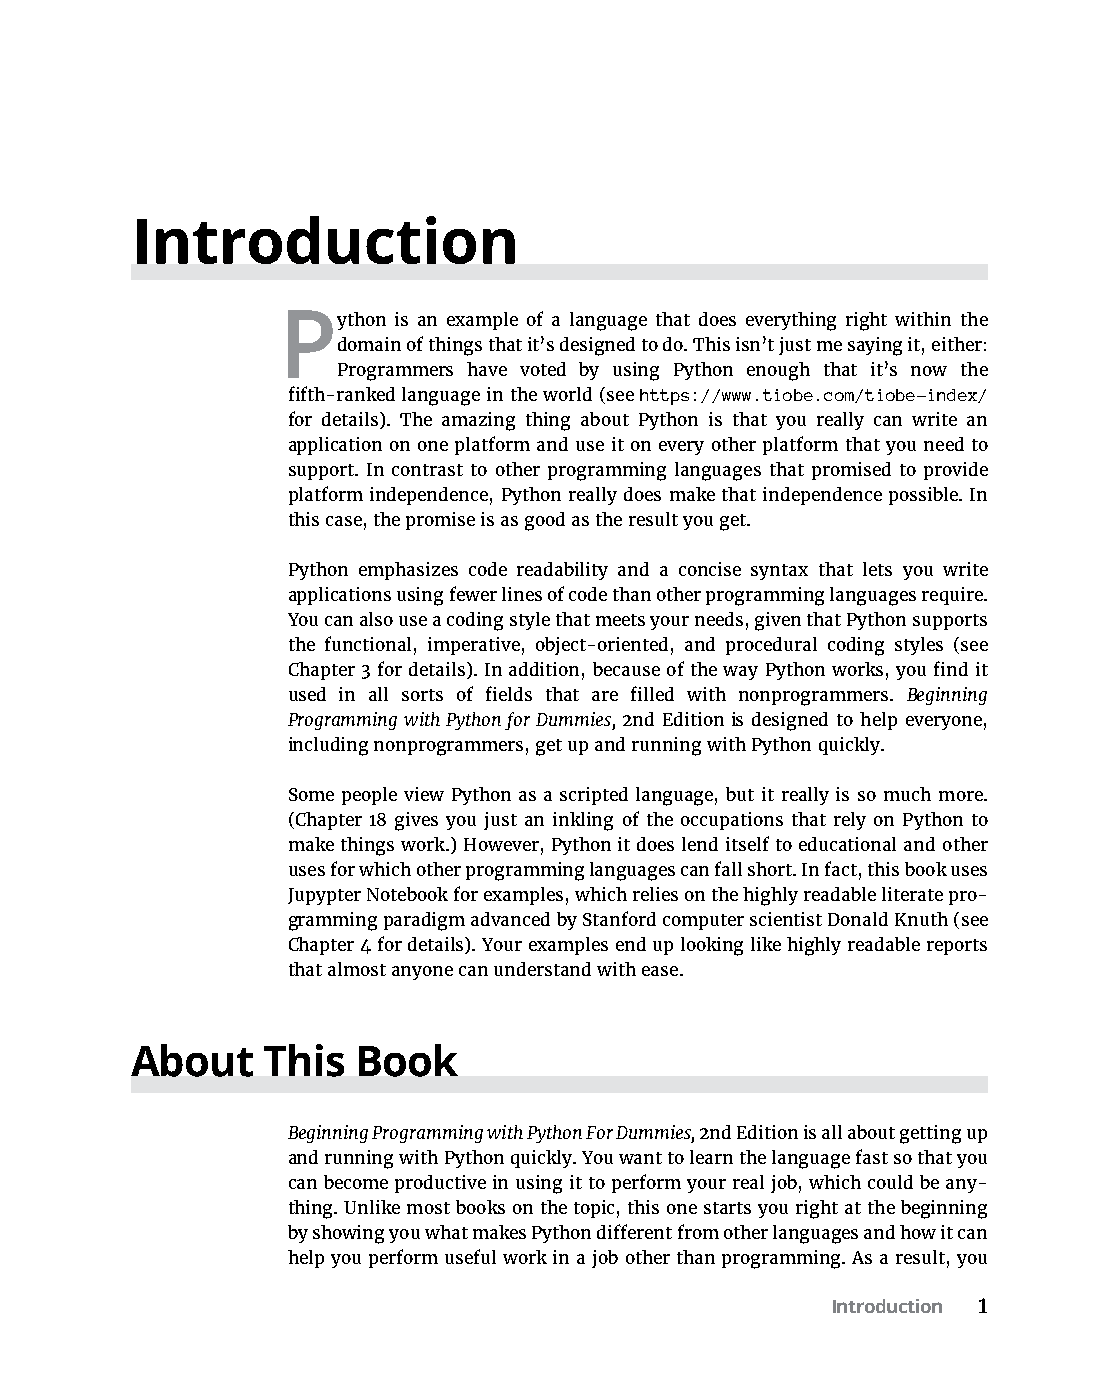
Introduction
 Python  is an example of a language that does everything right within the
 domain of things that it’s designed to do. This isn’t just me saying it, either:
 Programmers have voted by using Python enough that it’s now the
 fifth-ranked language in the world (see https://www.tiobe.com/tiobe-index/
 for details). The amazing thing about Python is that you really can write an
 application on one platform and use it on every other platform that you need to
 support. In contrast to other programming languages that promised to provide
 platform independence, Python really does make that independence possible. In
 this case, the promise is as good as the result you get.
 Python emphasizes code readability and a concise syntax that lets you write
 applications using fewer lines of code than other programming languages require.
 You can also use a coding style that meets your needs, given that Python supports
 the functional, imperative, object-oriented, and procedural coding styles (see
 Chapter 3 for details). In addition, because of the way Python works, you find it
 used in all sorts of fields that are filled with nonprogrammers. Beginning
 Programming with Python for Dummies, 2nd Edition is designed to help everyone,
 including nonprogrammers, get up and running with Python quickly.
 Some people view Python as a scripted language, but it really is so much more.
 (Chapter 18 gives you just an inkling of the occupations that rely on Python to
 make things work.) However, Python it does lend itself to educational and other
 uses for which other programming languages can fall short. In fact, this book uses
 Jupypter Notebook for examples, which relies on the highly readable literate pro-
 gramming paradigm advanced by Stanford computer scientist Donald Knuth (see
 Chapter 4 for details). Your examples end up looking like highly readable reports
 that almost anyone can understand with ease.
 About   This   Book
 Beginning Programming with Python For Dummies, 2nd Edition is all about getting up
 and running with Python quickly. You want to learn the language fast so that you
 can become productive in using it to perform your real job, which could be any-
 thing. Unlike most books on the topic, this one starts you right at the beginning
 by showing you what makes Python different from other languages and how it can
 help you perform useful work in a job other than programming. As a result, you
 Introduction 1